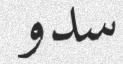
سدو